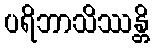
ပရိဘာသိဿန္တိ